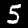
Digit: 5